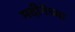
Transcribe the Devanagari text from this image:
मदीनेच्या